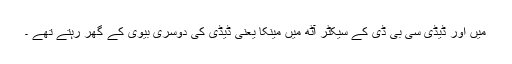
میں اور ڈیڈی سی بی ڈی کے سیکٹر آٹھ میں مینکا یعنی ڈیڈی کی دوسری بیوی کے گھر رہتے تھے ۔